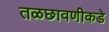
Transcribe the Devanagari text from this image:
तळछावणीकडे